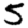
Digit: 5